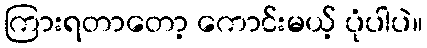
ကြားရတာတော့ ကောင်းမယ့် ပုံပါပဲ။